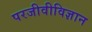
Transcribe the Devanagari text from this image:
परजीवीविज्ञान